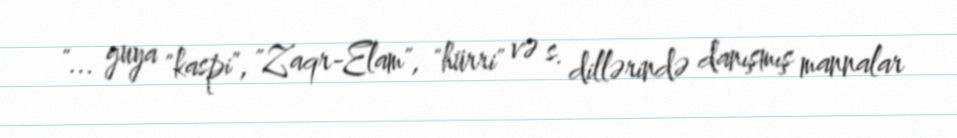
"... guya "kaspi", "Zaqr-Elam", "hürri" və s. dillərində danışmış mannalar